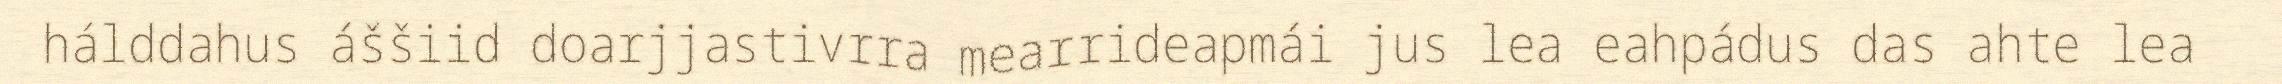
hálddahus áššiid doarjjastivrra mearrideapmái jus lea eahpádus das ahte lea